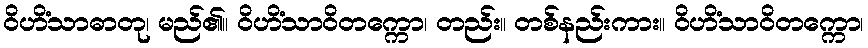
ဝိဟိံသာဓာတု၊ မည်၏။ ဝိဟိံသာဝိတက္ကော၊ တည်း။ တစ်နည်းကား။ ဝိဟိံသာဝိတက္ကော၊